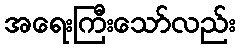
အရေးကြီးသော်လည်း